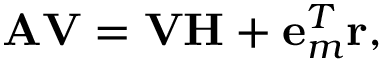
\mathbf { A V } = \mathbf { V H } + \mathbf { e } _ { m } ^ { T } \mathbf { r } ,